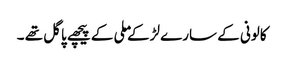
کالونی کے سارے لڑکے ملی کے پیچھے پاگل تھے ۔